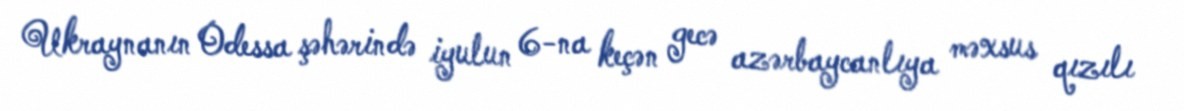
Ukraynanın Odessa şəhərində iyulun 6-na keçən gecə azərbaycanlıya məxsus qızılı